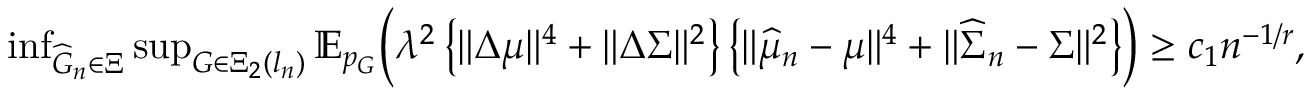
\begin{array} { r } { \operatorname* { i n f } _ { \widehat { G } _ { n } \in \Xi } \operatorname* { s u p } _ { G \in \Xi _ { 2 } ( l _ { n } ) } \mathbb { E } _ { p _ { G } } \biggr ( \lambda ^ { 2 } \left\{ \| \Delta \mu \| ^ { 4 } + \| \Delta \Sigma \| ^ { 2 } \right\} \left\{ \| \widehat { \mu } _ { n } - \mu \| ^ { 4 } + \| \widehat { \Sigma } _ { n } - \Sigma \| ^ { 2 } \right\} \biggr ) \geq c _ { 1 } n ^ { - 1 / r } , } \end{array}